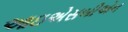
આઇએસબીએન